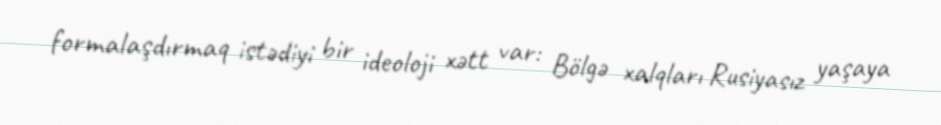
formalaşdırmaq istədiyi bir ideoloji xətt var: Bölgə xalqları Rusiyasız yaşaya